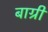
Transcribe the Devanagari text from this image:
बाग्री